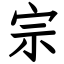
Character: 宗